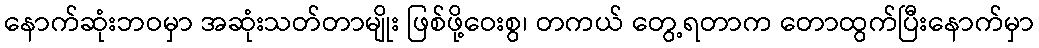
နောက်ဆုံးဘဝမှာ အဆုံးသတ်တာမျိုး ဖြစ်ဖို့ဝေးစွ၊ တကယ် တွေ့ရတာက တောထွက်ပြီးနောက်မှာ